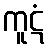
ကူဋံ